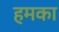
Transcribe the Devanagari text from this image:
हमका